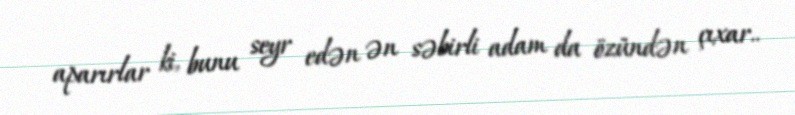
aparırlar ki, bunu seyr edən ən səbirli adam da özündən çıxar..